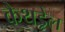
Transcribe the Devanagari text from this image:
कैथड्रेल